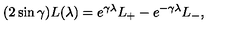
( 2 \sin \gamma ) L ( \lambda ) = e ^ { \gamma \lambda } L _ { + } - e ^ { - \gamma \lambda } L _ { - } ,